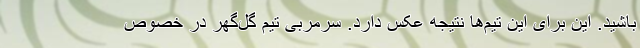
باشید. این برای این تیم‌ها نتیجه عکس دارد. سرمربی تیم گل‌گهر در خصوص